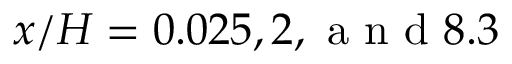
x / H = 0 . 0 2 5 , 2 , \mathrm { ~ a ~ n ~ d ~ } 8 . 3